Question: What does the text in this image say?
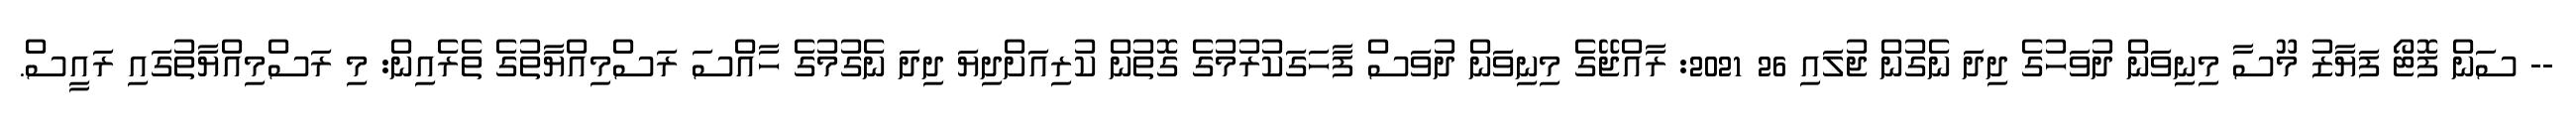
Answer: -- ސަން ފޮޓޯ ފަޔާޒު މޫސާ މިނިވަން ދުވަހުގެ ދިދަ ނެގުން ޖުލައި 26 2021: ރާއްޖޭގެ މިނިވަން ދުވަސް ފާހަގަކުރުމުގެ ގޮތުން ކުރިއަށްދިޔަ ދިދަ ނެގުމުގެ ހާއްސަ ރަސްމިއްޔާތުގެ ތެރެއިން: މި ރަސްމިއްޔާތުގައި ރައީސް.